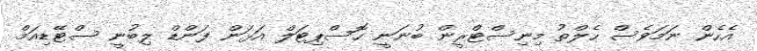
އެހެން ނަމަވެސް ހެލްތު މިނިސްޓްރީން ބުނަނީ ހޮސްޕިޓަލް އަޅަން ފަންޑް ލިބުނީ ސްޓޭޑިއަމް